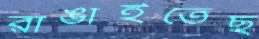
রাঙাইতেছ